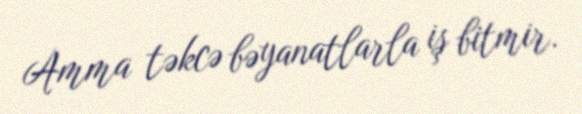
Amma təkcə bəyanatlarla iş bitmir.